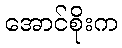
အောင်စိုးက